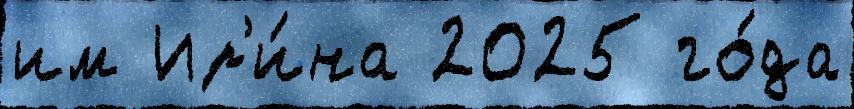
им Ир'и́на 2025 го́да